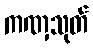
ကဏှသုတ်